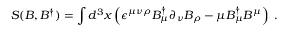
S ( B , B ^ { \dagger } ) = \int d ^ { 3 } x \left( \epsilon ^ { \mu \nu \rho } B _ { \mu } ^ { \dagger } \partial _ { \nu } B _ { \rho } - \mu B _ { \mu } ^ { \dagger } B ^ { \mu } \right) \; .